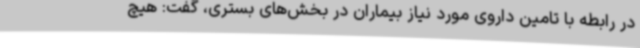
در رابطه با تامین داروی مورد نیاز بیماران در بخش‌های بستری، گفت: هیچ